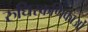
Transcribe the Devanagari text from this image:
रुधिरकणिकाओं